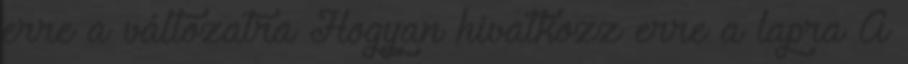
erre a változatra Hogyan hivatkozz erre a lapra A